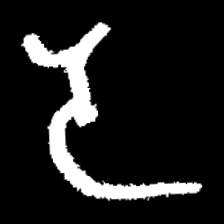
Pyu character \u2014 Myanmar letter: ဒ (romanized: da)